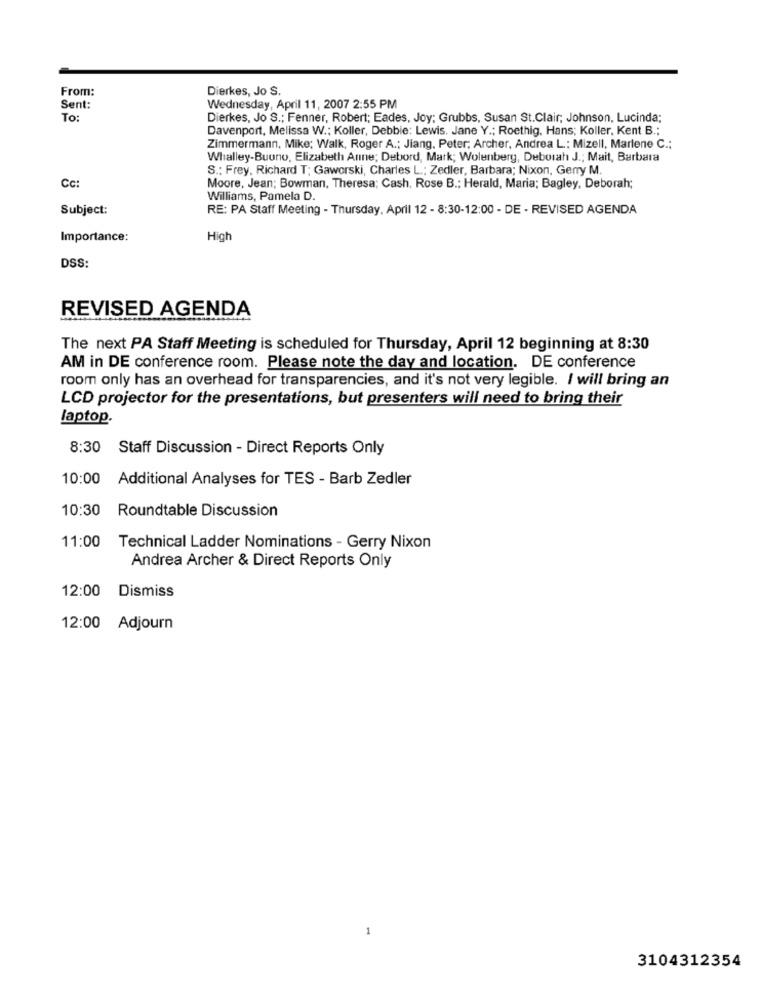
From:
Dierkes, Jo S.
Sent:
Wednesday, April 11, 2007 2:55 PM
To:
Dierkes, Jo S .; Fenner, Robert; Eades, Joy; Grubbs, Susan St.Clair; Johnson, Lucinda;
Davenport, Melissa W .; Koller, Debbie: Lewis. Jane Y .; Roethig, Hans; Koller, Kent B .:
Zimmermann, Mike; Walk, Roger A .; Jiang, Peter; Archer, Andrea L .: Mizell, Marlene C .;
Whalley-Buono, Elizabeth Anne; Debord, Mark; Wolenberg, Deborah J .; Mait, Barbara
S .: Frey, Richard T; Gaworski, Charles L .; Zedler, Barbara; Nixon, Gerry M.
Cc:
Moore, Jean; Bowman, Theresa; Cash, Rose B .; Herald, Maria; Bagley, Deborah;
Williams, Pamela D.
Subject:
RE: PA Staff Meeting - Thursday, April 12 - 8:30-12:00 - DE - REVISED AGENDA
Importance:
High
DSS:
REVISED AGENDA
The next PA Staff Meeting is scheduled for Thursday, April 12 beginning at 8:30
AM in DE conference room. Please note the day and location. DE conference
room only has an overhead for transparencies, and it's not very legible. I will bring an
LCD projector for the presentations, but presenters will need to bring their
laptop.
8:30 Staff Discussion - Direct Reports Only
10:00 Additional Analyses for TES - Barb Zedler
10:30 Roundtable Discussion
11:00 Technical Ladder Nominations - Gerry Nixon
Andrea Archer & Direct Reports Only
12:00 Dismiss
12:00 Adjourn
3104312354